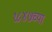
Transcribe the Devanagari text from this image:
१८४७च्या